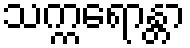
သက္ကရောန္တာ